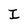
Character: I